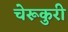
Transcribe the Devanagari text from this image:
चेरूकुरी